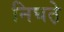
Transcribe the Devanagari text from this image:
निघत़े